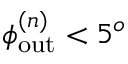
\phi _ { \mathrm { o u t } } ^ { ( n ) } < 5 ^ { o }